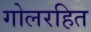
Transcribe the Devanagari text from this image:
गोलरहित